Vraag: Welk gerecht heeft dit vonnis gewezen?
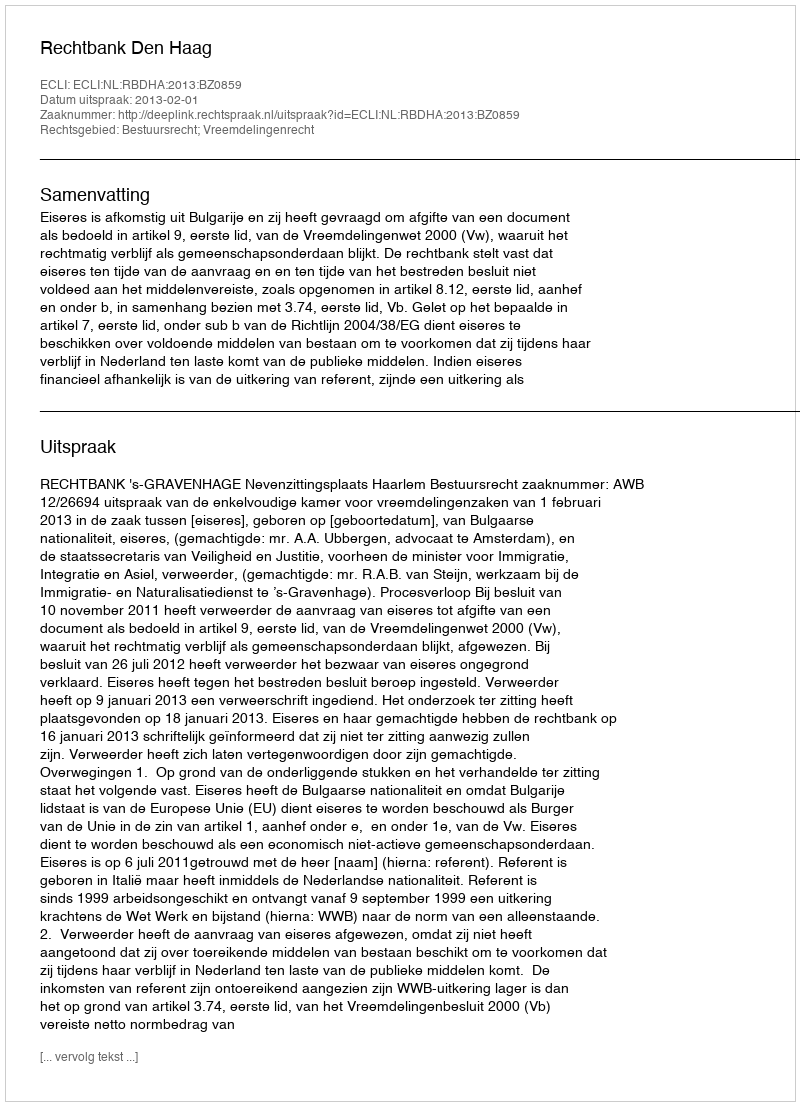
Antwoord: Rechtbank Den Haag